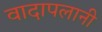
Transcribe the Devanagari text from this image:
वादापलानी